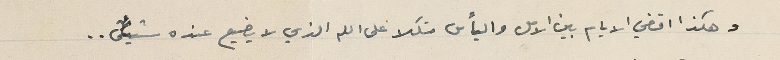
وهكذا اقضي الايام بين الامل واليأس متكلا على الله الذي لا يضيع عنده شيئاً..